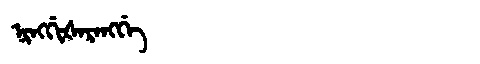
Manchu: ᠨᡳᠩᡤᡳᡧᠠᡵᠠᠩᡤᡝ
Romanization: NINGGIŠARANGGE